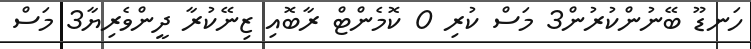
ހަނޑޫ ބޭނުންކުރުން3 މަސް ކުރި 0 ކޮމެންޓް ރާބޮއި ޒިނޭކުރާ ދީންވެރިޔާ3 މަސް